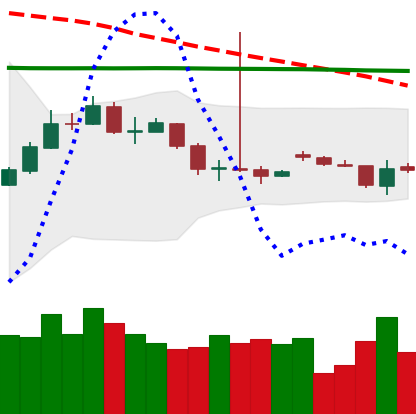
Ticker: BTC-USD
Chart end date: 2015-09-23
Forward return: 3.847%
Label: up_3_5